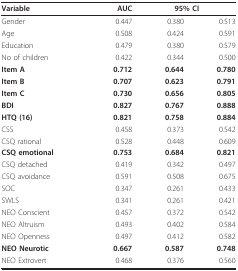
<table><thead><tr><td><b>Variable</b></td><td><b>AUC</b></td><td colspan="2"><b>95% CI</b></td></tr></thead><tbody><tr><td>Gender</td><td>0.447</td><td>0.380</td><td>0.513</td></tr><tr><td>Age</td><td>0.508</td><td>0.424</td><td>0.591</td></tr><tr><td>Education</td><td>0.479</td><td>0.380</td><td>0.579</td></tr><tr><td>No of children</td><td>0.422</td><td>0.344</td><td>0.500</td></tr><tr><td><b>Item A</b></td><td><b>0.712</b></td><td><b>0.644</b></td><td><b>0.780</b></td></tr><tr><td><b>Item B</b></td><td><b>0.707</b></td><td><b>0.623</b></td><td><b>0.791</b></td></tr><tr><td><b>Item C</b></td><td><b>0.730</b></td><td><b>0.656</b></td><td><b>0.805</b></td></tr><tr><td><b>BDI</b></td><td><b>0.827</b></td><td><b>0.767</b></td><td><b>0.888</b></td></tr><tr><td><b>HTQ (16)</b></td><td><b>0.821</b></td><td><b>0.758</b></td><td><b>0.884</b></td></tr><tr><td>CSS</td><td>0.458</td><td>0.373</td><td>0.542</td></tr><tr><td>CSQ rational</td><td>0.528</td><td>0.448</td><td>0.609</td></tr><tr><td><b>CSQ emotional</b></td><td><b>0.753</b></td><td><b>0.684</b></td><td><b>0.821</b></td></tr><tr><td>CSQ detached</td><td>0.419</td><td>0.342</td><td>0.497</td></tr><tr><td>CSQ avoidance</td><td>0.591</td><td>0.508</td><td>0.675</td></tr><tr><td>SOC</td><td>0.347</td><td>0.261</td><td>0.433</td></tr><tr><td>SWLS</td><td>0.341</td><td>0.261</td><td>0.421</td></tr><tr><td>NEO Conscient</td><td>0.457</td><td>0.372</td><td>0.542</td></tr><tr><td>NEO Altruism</td><td>0.493</td><td>0.402</td><td>0.584</td></tr><tr><td>NEO Openness</td><td>0.497</td><td>0.412</td><td>0.582</td></tr><tr><td><b>NEO Neurotic</b></td><td><b>0.667</b></td><td><b>0.587</b></td><td><b>0.748</b></td></tr><tr><td>NEO Extrovert</td><td>0.468</td><td>0.376</td><td>0.560</td></tr></tbody></table>